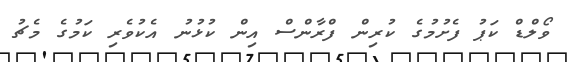
ވޯލްޑް ކަޕު ފެށުމުގެ ކުރިން ފްރާންސް އިން ކުޅުނު އެކުވެރި ކަމުގެ މެޗު